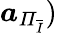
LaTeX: \boldsymbol{a}_{\mathit{\Pi}_{\overline{{I}}}})